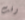
وقت